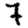
Digit: 7